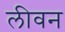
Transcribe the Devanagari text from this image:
लीवन